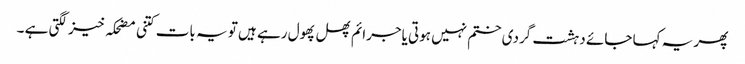
پھر یہ کہا جائے دہشت گردی ختم نہیں ہوتی یاجرائم پھل پھول رہے ہیں تو یہ بات کتنی مضحکہ خیز لگتی ہے ۔